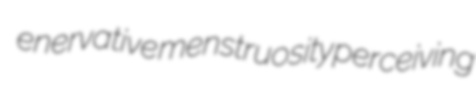
enervative menstruosity perceiving